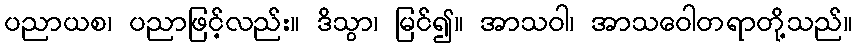
ပညာယစ၊ ပညာဖြင့်လည်း။ ဒိသွာ၊ မြင်၍။ အာသဝါ၊ အာသဝေါတရာတို့သည်။